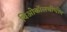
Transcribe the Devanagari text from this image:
थिओकॉलचीचीन